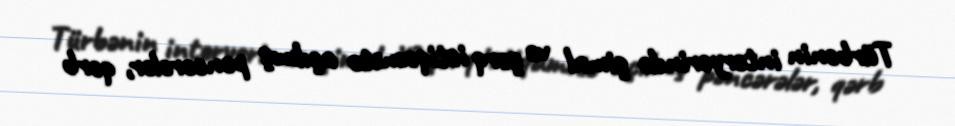
Türbənin interyerində şimal və şərq istiqamətə açılmış pəncərələr, qərb